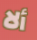
ألا